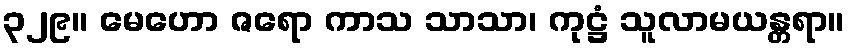
၃၂၉။ မေဟော ဇရော ကာသ သာသာ၊ ကုဋ္ဌံ သူလာမယန္တရာ။